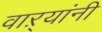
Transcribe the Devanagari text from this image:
वाऱ्यांनी